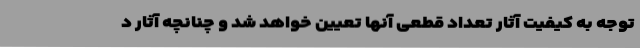
توجه به کیفیت آثار تعداد قطعی آنها تعیین خواهد شد و چنانچه آثار د